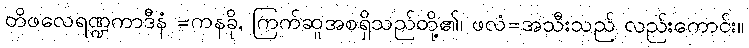
တိဖလေရဏ္ဍကာဒီနံ =ကနခို, ကြက်ဆူအစရှိသည်တို့၏၊ ဖလံ=အသီးသည် လည်းကောင်း။